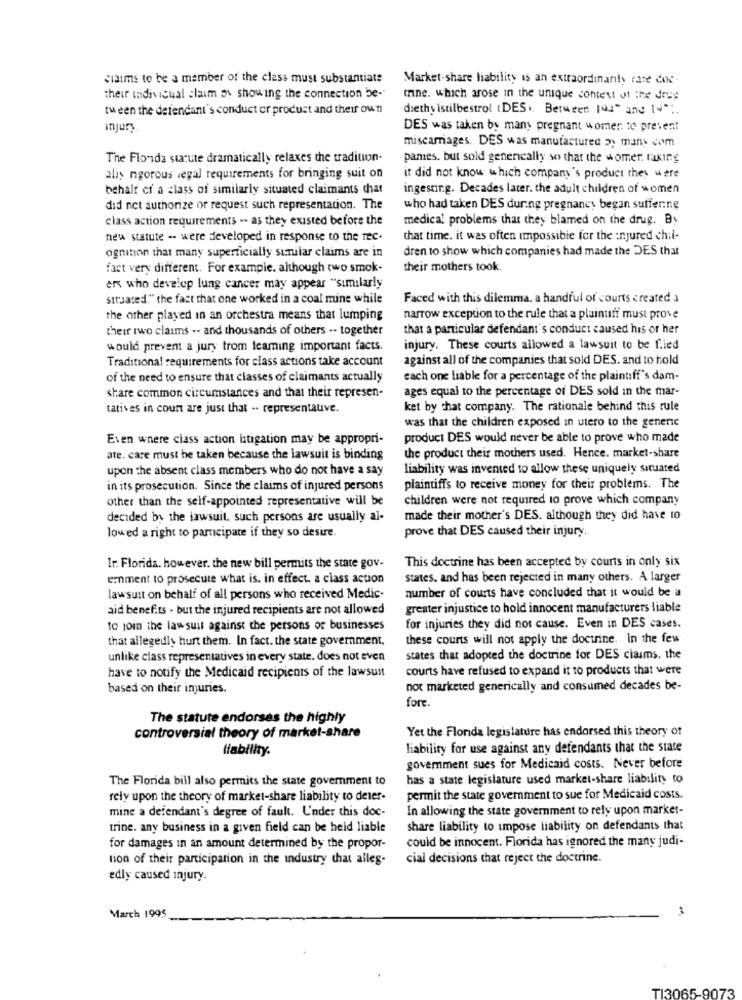
Siaims to be a member of the class must substantiate
Market-share liability is an extraordinarily rare doc-
their individual claim as showing the connection be-"
trine. which arose in the unique content of the deep
tween the defendant's conduct or product and their own
diethy istilbestrol (DES). Between you" and 14º
injury
DES was taken by many pregnant women to prevent
miscarriages. DES was manufactured 3; many com
The Flonda statute dramatically relaxes the tradition-
pames. but sold genencally so that the womer. taking
alis ngorous legal requirements for bringing suit on
it did not know which company's product they were
behalt ci a class of similarly situated claimants that
ingesting. Decades later. the adult children of women
did not authorize or request such representation. The
who had taken DES during pregnancy began suffering
class action requirements -- as they existed before the
medical problems that they blamed on the drug. By
new statute - were developed in response to the rec.
that time. it was often impossible for the injured chil-
dren to show which companies had made the DES that
ognition that many superficially similar claims are in
fact very different. For example. although two smok-
their mothers took.
er who develop lung cancer may appear "similarly
situated." the fact that one worked in a coal mine while
Faced with this dilemma. a handful of courts created a
the other played in an orchestra means that lumping
narrow exception to the rule that a plaintiff must prove
their two claims -- and thousands of others -- together
that a particular defendant's conduct caused his or her
would prevent a jury trom leaming important facts.
injury. These courts allowed a lawsuit to be f.ied
Traditional requirements for class actions take account
against all of the companies that sold DES. and to hold
of the need to ensure that classes of claimants actually
each one liable for a percentage of the plaintiff's dam-
ages equal to the percentage of DES sold in the mar-
share common circumstances and that their represen-
tatives in court are just that -. representauve.
ket by that company. The rationale behind this rule
was that the children exposed in utero to the generic
Even where class action litigation may be appropri-
produci DES would never be able to prove who made
ate. care must be taken because the lawsuit is binding
the product their mothers used. Hence. market-share
upon the absent class members who do not have a say
liability was invented to allow these uniquely situated
in its prosecution. Since the claims of injured persons
plaintiffs to receive money for their problems. The
other than the self-appointed representative will be
children were not required to prove which company
decided by the lawsuit, such persons are usually al-
made their mother's DES. although they did have 10
low ed a right to participate if they so desire.
prove that DES caused their injury,
This doctrine has been accepted by courts in only six
Ir. Florida. however, the new bill permits the state gov-
emment to prosecute what is. in effect. a class action
states, and has been rejected in many others. A larger
number of courts have concluded that it would be a
lawsuit on behalf of all persons who received Medic-
aid benefits . but the injured recipients are not allowed
greater injustice to hold innocent manufacturers liable
to join the lawsuit against the persons or businesses
for injuries they did not cause. Even in DES cases.
that allegedly hurt them. In fact. the state government.
these courts will not apply the doctrine. in the few
unlike class representatives in every state. does not even
states that adopted the doctrine for DES claims. the
have to notify the Medicaid recipients of the lawsuit
courts have refused to expand it to products that were
based on their injuries.
not marketed generically and consumed decades be-
fore.
The statute endorses the highly
Yet the Flonda legislature has endorsed this theory of
controversial theory of market-share
liability.
liability for use against any defendants that the state
goverment sues for Medicaid costs. Never before
The Florida bill also permits the state government to
has a state legislature used market-share liability to
rely upon the theory of market-share liability to deter-
permit the state government to sue for Medicaid costs.
mine a defendant's degree of fault. U'nder this doc-
In allowing the state government to rely upon market-
trine. any business in a given field can be held liable
share liability to impose liability on defendants that
could be innocent. Florida has ignored the many judi-
for damages in an amount determined by the propor-
tion of their participation in the industry that alleg-
cial decisions that reject the doctrine.
edly caused injury.
March 1995
TI3065-907